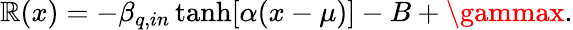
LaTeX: \mathbb{R}(x)=-\beta_{q,in}\operatorname{tanh}[\alpha(x-\mu)]-B+\gammax.